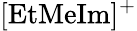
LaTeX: \mathrm{[EtMeIm]^{+}}